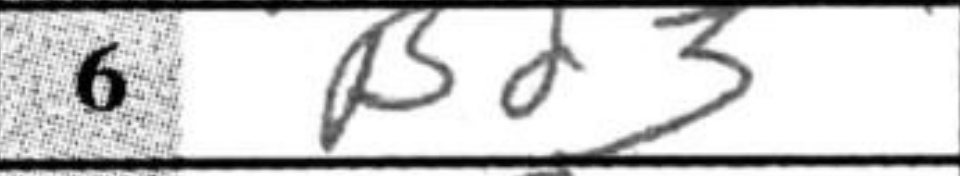
Transcription: Bd3